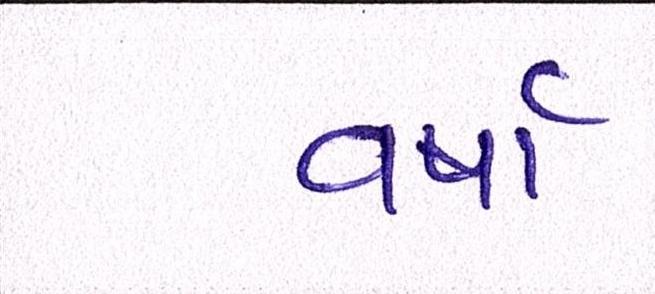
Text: વર્ષા